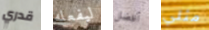
قدري ليفعله أفضل مثلي